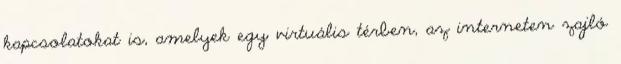
kapcsolatokat is, amelyek egy virtuális térben, az interneten zajló